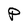
Character: P